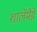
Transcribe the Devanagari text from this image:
शार्लेमैग्ने